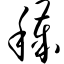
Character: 秽